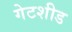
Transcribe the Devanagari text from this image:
गेटशीड